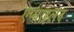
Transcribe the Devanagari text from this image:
एप्साइलन